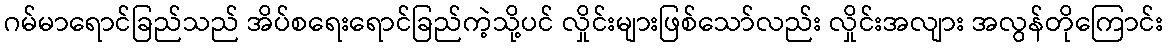
ဂမ်မာရောင်ခြည်သည် အိပ်စရေးရောင်ခြည်ကဲ့သို့ပင် လှိုင်းများဖြစ်သော်လည်း လှိုင်းအလျား အလွန်တိုကြောင်း